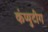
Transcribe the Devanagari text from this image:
कंप्युटींग